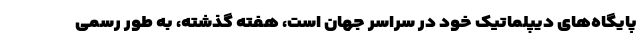
پایگاه‌های دیپلماتیک خود در سراسر جهان است، هفته گذشته، به طور رسمی